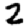
Digit: 2